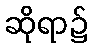
ဆိုရာ၌